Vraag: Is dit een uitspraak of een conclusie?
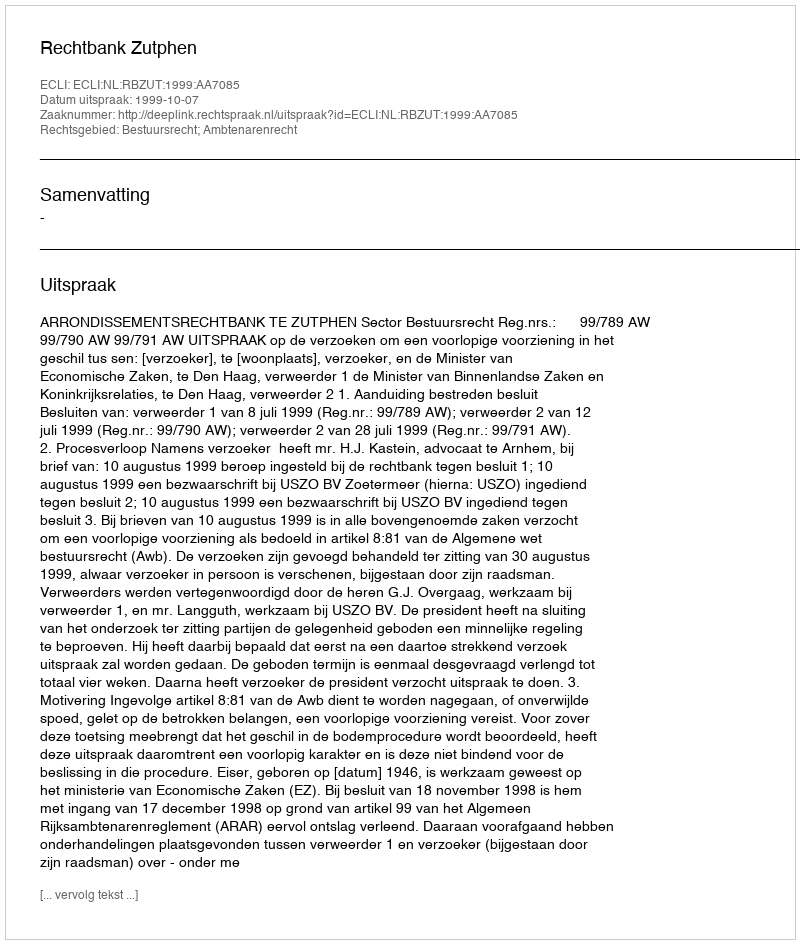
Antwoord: Uitspraak